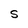
Character: S